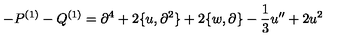
- P ^ { ( 1 ) } - Q ^ { ( 1 ) } = \partial ^ { 4 } + 2 \{ u , \partial ^ { 2 } \} + 2 \{ w , \partial \} - \frac { 1 } { 3 } u ^ { \prime \prime } + 2 u ^ { 2 }